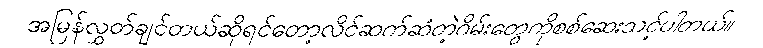
အမြန်လွှတ်ချင်တယ်ဆိုရင်တော့လိင်ဆက်ဆံတဲ့ဂိမ်းတွေကိုစစ်ဆေးသင့်ပါတယ်။